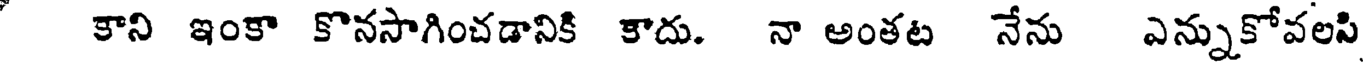
కాని ఇంకా కొనసాగించడానికి కాదు. నా అంతట నేను ఎన్నుకోవలసి